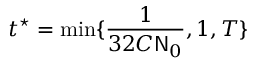
t ^ { \star } = \displaystyle \operatorname* { m i n } \{ \frac { 1 } { 3 2 C \mathsf { N } _ { 0 } } , 1 , T \}